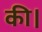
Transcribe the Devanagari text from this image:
की।